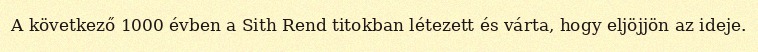
A következő 1000 évben a Sith Rend titokban létezett és várta, hogy eljöjjön az ideje.